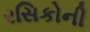
રસિકોની